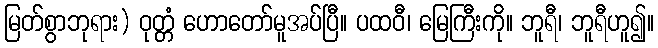
မြတ်စွာဘုရား) ဝုတ္တံ ဟောတော်မူအပ်ပြီ။ ပထဝီ၊ မြေကြီးကို။ ဘူရီ၊ ဘူရီဟူ၍။